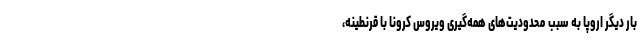
بار دیگر اروپا به سبب محدودیت‌های همه‌گیری ویروس کرونا با قرنطینه،